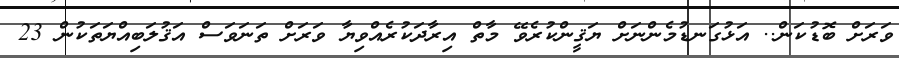
ވަރަށް ބޮޑުކަން.. އަޅުގަނޑުމެންނަށް ޔަޤީންކުރެވޭ މާތް އިރާދަކުރެއްވިޔާ ވަރަށް ތަނަވަސް އަޤުލަބިއްޔަތަކުން 23